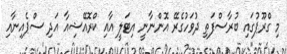
މި ގްރޫޕުގައި ބުރާސްފަތި ދުވަހުގެރޭ އޮންނާނީ އިޓަލީ އާއި ކްރޮއޭޝިއާ އަދި ސްޕެއިނާއި